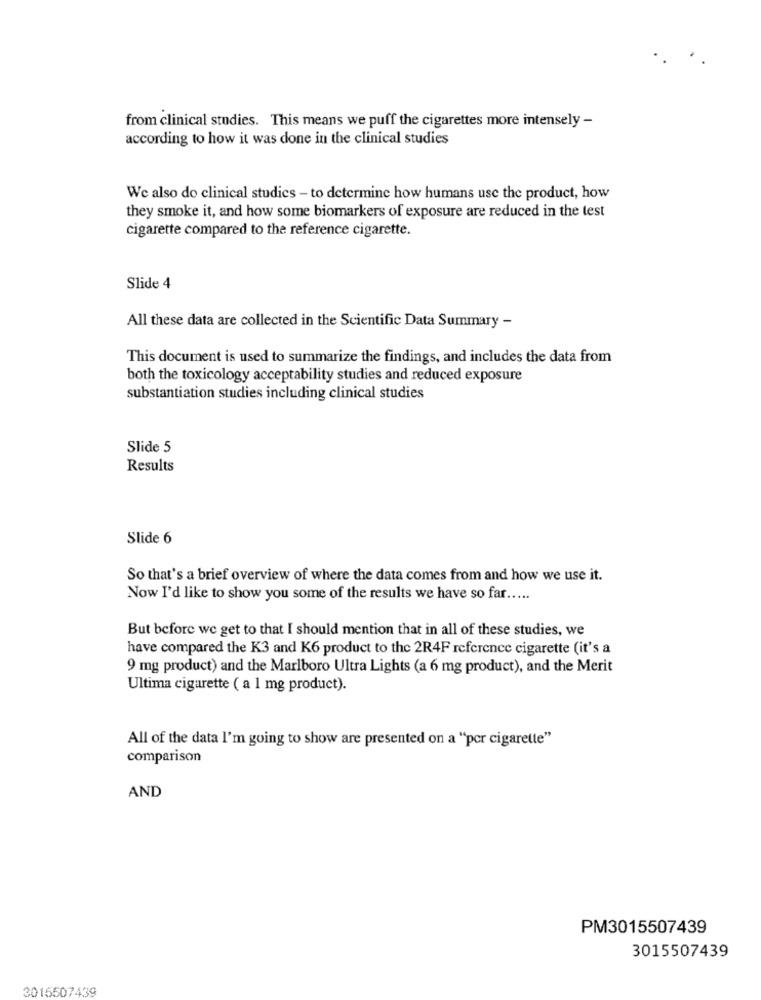
from clinical studies. This means we puff the cigarettes more intensely -
according to how it was done in the clinical studies
We also do clinical studies - to determine how humans use the product, how
they smoke it, and how some biomarkers of exposure are reduced in the test
cigarette compared to the reference cigarette.
Slide 4
All these data are collected in the Scientific Data Summary -
This document is used to summarize the findings, and includes the data from
both the toxicology acceptability studies and reduced exposure
substantiation studies including clinical studies
Slide 5
Results
Slide 6
So that's a brief overview of where the data comes from and how we use it.
Now I'd like to show you some of the results we have so far .....
But before we get to that I should mention that in all of these studies, we
have compared the K3 and K6 product to the 2R4F reference cigarette (it's a
9 mg product) and the Marlboro Ultra Lights (a 6 mg product), and the Merit
Ultima cigarette ( a 1 mg product).
All of the data I'm going to show are presented on a "por cigarette"
comparison
AND
PM3015507439
3015507439
3015507439